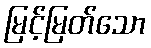
မြင့်မြတ်သော